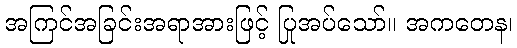
အကြင်အခြင်းအရာအားဖြင့် ပြုအပ်သော်။ အကတေန၊